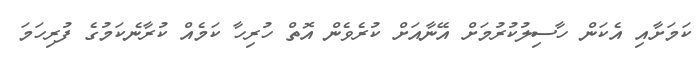
ކަމަށާއި އެކަން ހާސިލުކުރުމަށް އޭނާއަށް ކުރެވެން އޮތް ހުރިހާ ކަމެއް ކުރާނެކަމުގެ ފުރިހަމަ